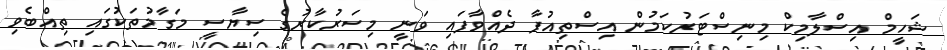
ޝަހީމް އިސްލާމިކް މިނިސްޓަރުކަމުން އިސްތިއުފާ ދެއްވާފައި ވަނީ މިސަރުކާރުގެ ސިޔާސީ މަގާމުތަކުގައި ތިއްބެވި